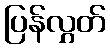
ပြန်လွှတ်